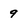
Character: 9